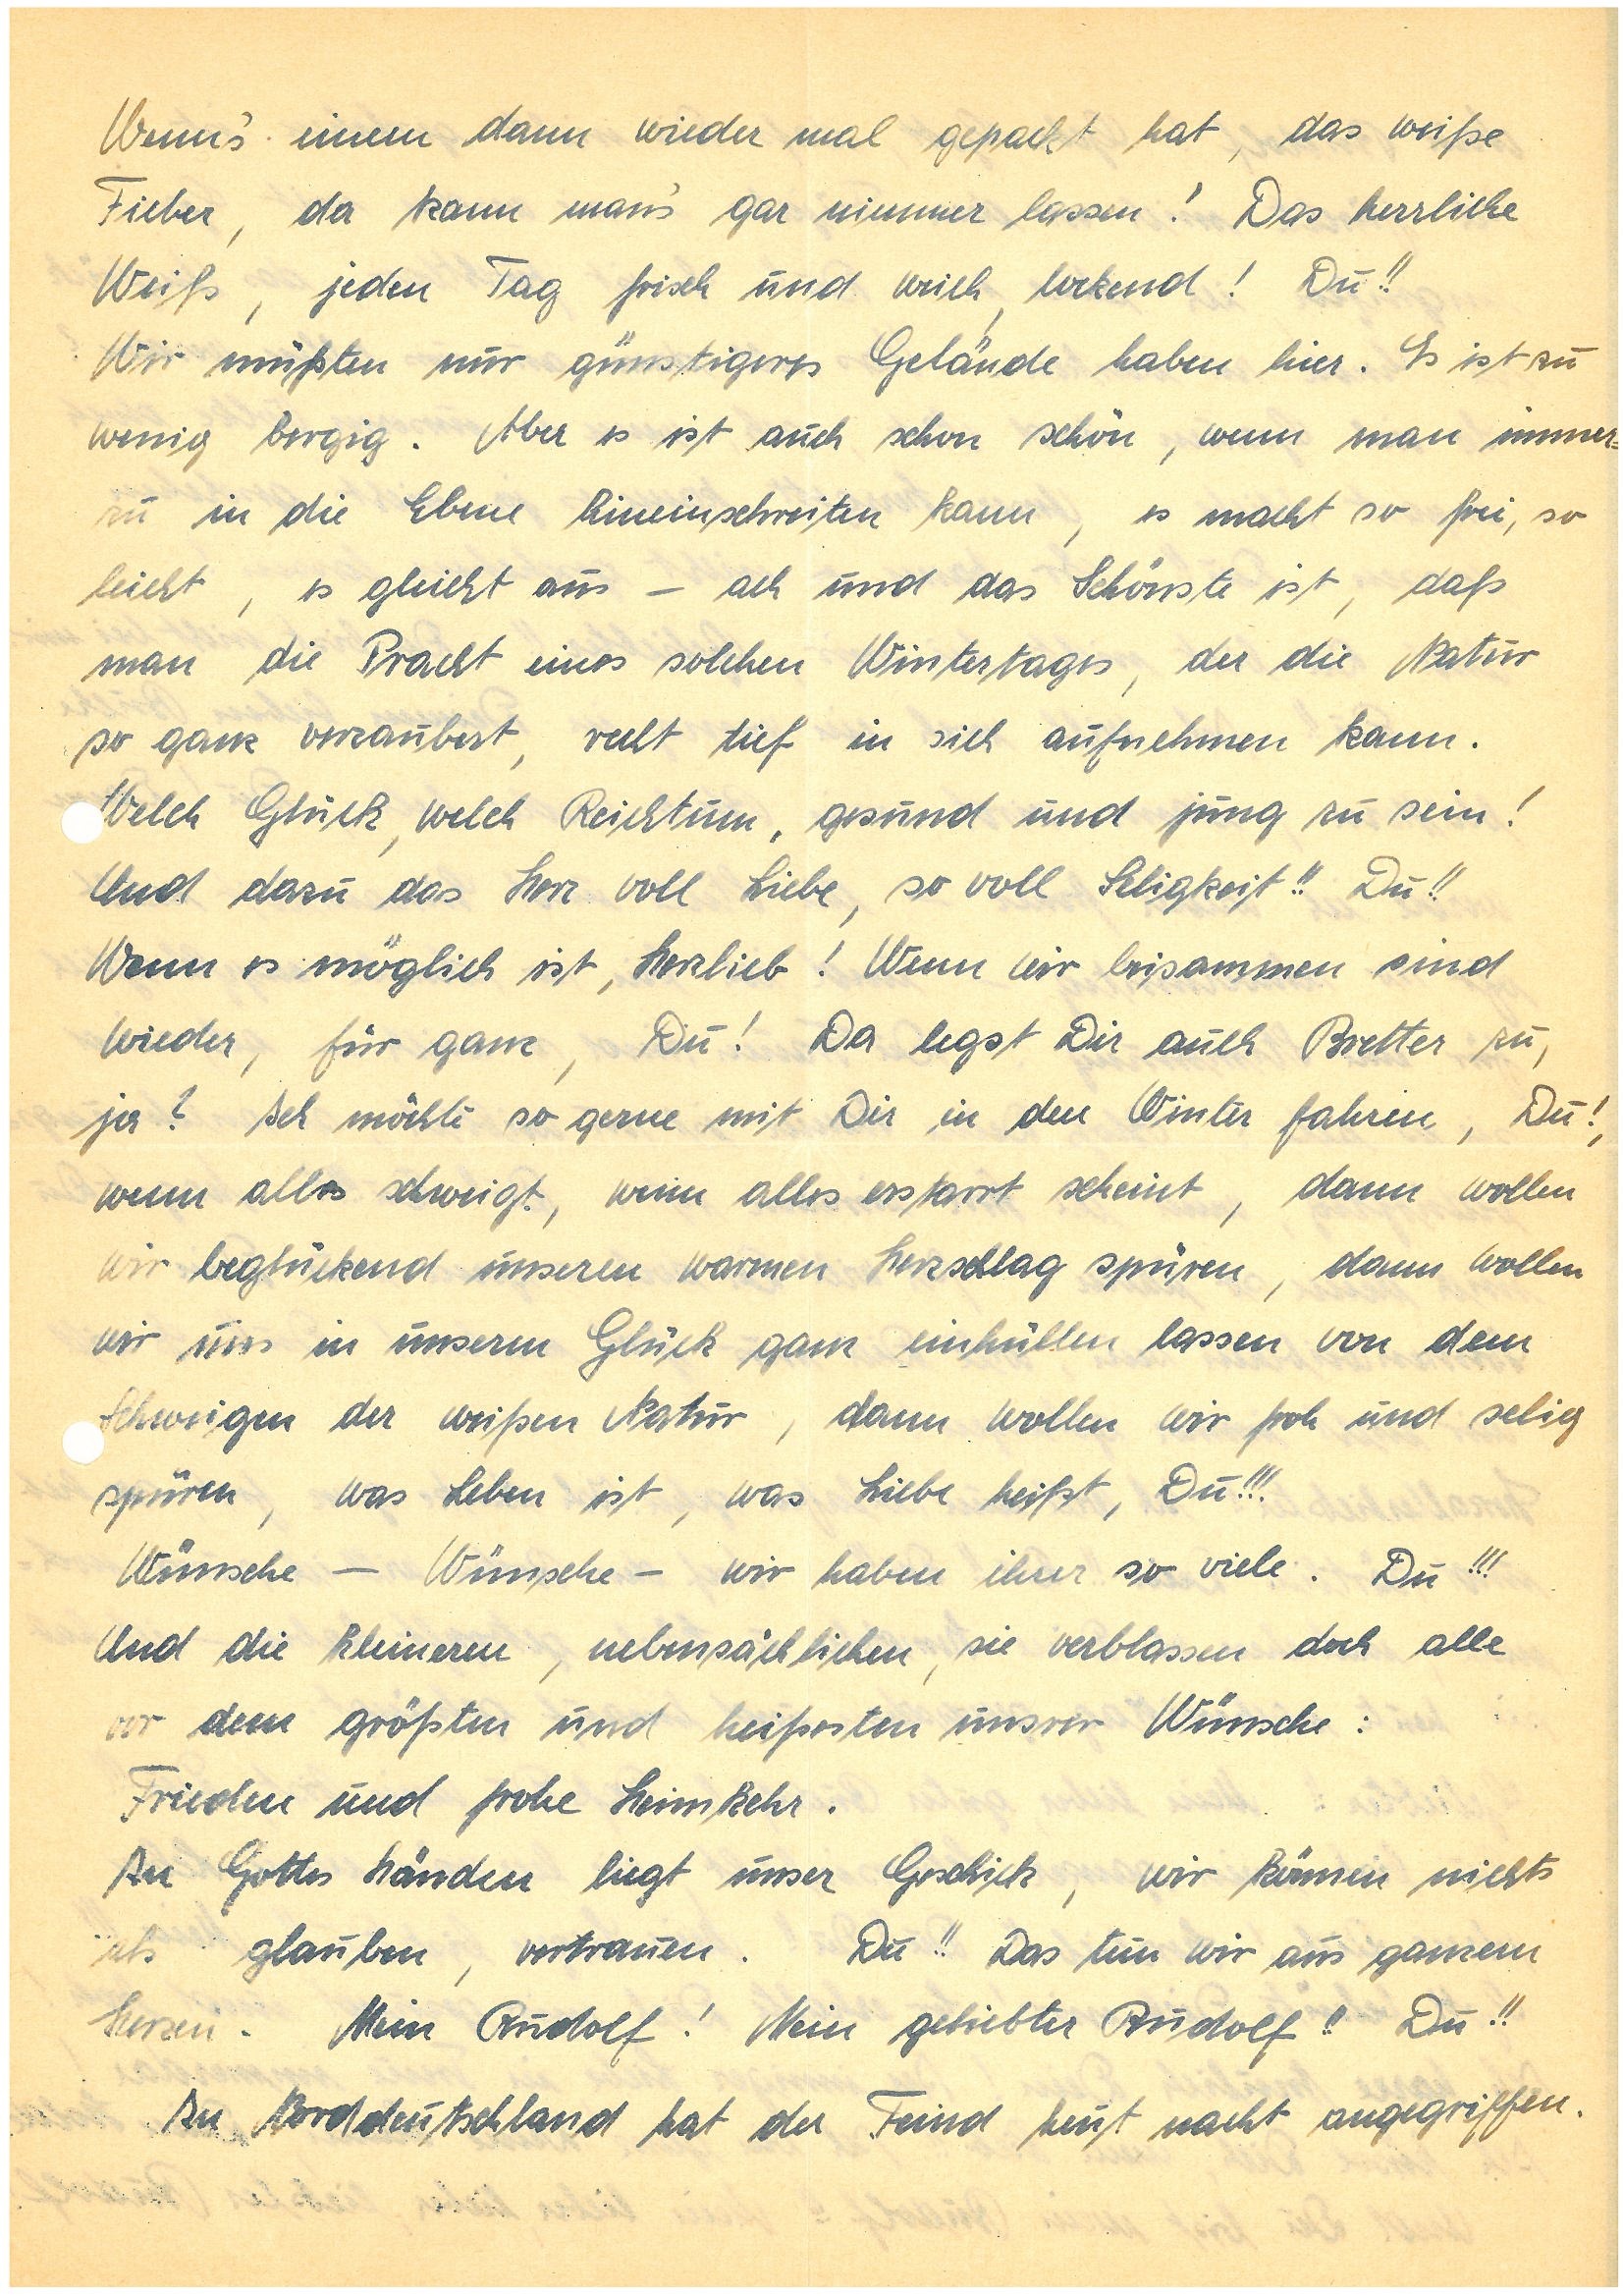
Wenn’s einen dann wieder mal gepackt hat, das weiße
Fieber, da kann man’s gar nimmer lassen! Das herrliche
Weiß, jeden Tag frisch und weich, lockend! Du!!
Wir müßten nur günstigeres Gelände haben hier. Es ist zu
wenig bergig. Aber es ist auch schon schön, wenn man immer¬
zu in die Ebene hinein schreiten kann, es macht so frei, so
leicht, es gleicht aus – ach und das Schönste ist, daß
man die Pracht eines solchen Wintertages, der die Natur
so ganz verzaubert, recht tief in sich aufnehmen kann.
elch Glück, welch Reichtum, gesund und jung zu sein!
Und dazu das Herz voll Liebe, so voll Seligkeit!! Du!!
Wenn es möglich ist, Herzlieb! Wenn wir beisammen sind
wieder, für ganz, Du! Da legst Dir auch Bretter zu,
ja? Ich möchte so gerne mit Dir in den Winter fahren, Du!,
wenn alles schweigt, wenn alles erstarrt scheint, dann wollen
wir beglückend unseren warmen Herzschlag spüren, dann wollen
wir uns in unserm Glück ganz einhüllen lassen von dem
Schweigen der weißen Natur, dann wollen wir froh und selig
spüren, was Leben ist, was Liebe heißt, Du!!!
Wünsche – Wünsche – wir haben ihrer so viele. Du!!!
Und die kleineren, nebensächlichen, sie verblassen doch alle
vor dem größten und heißesten unserer Wünsche:
Frieden und frohe Heimkehr.
In Gottes Händen liegt unser Geschick, wir können nichts
als glauben, vertrauen. Du!! Das tun wir aus ganzem
Herzen. Mein ! Mein geliebter !! Du!!
In Norddeutschland hat der Feind heut nacht angegriffen.